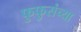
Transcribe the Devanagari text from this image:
फुफुसंच्या